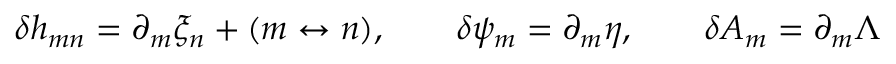
\delta h _ { m n } = \partial _ { m } \xi _ { n } + ( m \leftrightarrow n ) , \qquad \delta \psi _ { m } = \partial _ { m } \eta , \qquad \delta A _ { m } = \partial _ { m } \Lambda